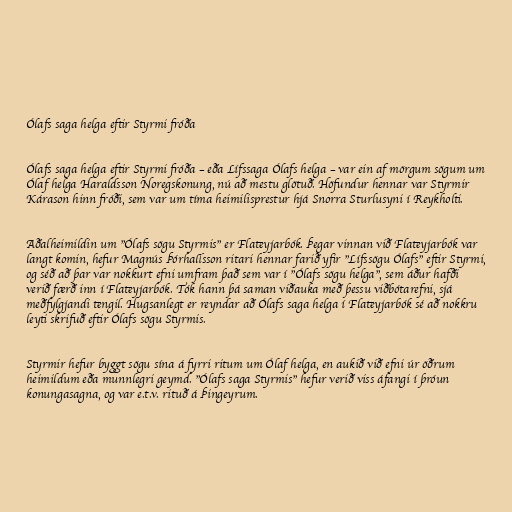
Ólafs saga helga eftir Styrmi fróða

Ólafs saga helga eftir Styrmi fróða – eða Lífssaga Ólafs helga – var ein af mörgum sögum um
Ólaf helga Haraldsson Noregskonung, nú að mestu glötuð. Höfundur hennar var Styrmir
Kárason hinn fróði, sem var um tíma heimilisprestur hjá Snorra Sturlusyni í Reykholti.

Aðalheimildin um "Ólafs sögu Styrmis" er Flateyjarbók. Þegar vinnan við Flateyjarbók var
langt komin, hefur Magnús Þórhallsson ritari hennar farið yfir "Lífssögu Ólafs" eftir Styrmi,
og séð að þar var nokkurt efni umfram það sem var í "Ólafs sögu helga", sem áður hafði
verið færð inn í Flateyjarbók. Tók hann þá saman viðauka með þessu viðbótarefni, sjá
meðfylgjandi tengil. Hugsanlegt er reyndar að Ólafs saga helga í Flateyjarbók sé að nokkru
leyti skrifuð eftir Ólafs sögu Styrmis.

Styrmir hefur byggt sögu sína á fyrri ritum um Ólaf helga, en aukið við efni úr öðrum
heimildum eða munnlegri geymd. "Ólafs saga Styrmis" hefur verið viss áfangi í þróun
konungasagna, og var e.t.v. rituð á Þingeyrum.